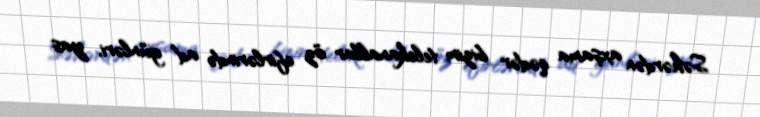
Səhərdən axşama qədər bizim telekanallar öz efirlərində ad günləri, yas